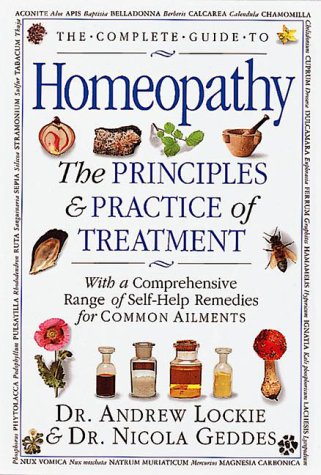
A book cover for The Complete Guide to Homeopathy: The Principles and Practice of Treatment; Andrew Lockie; Health, Fitness & Dieting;